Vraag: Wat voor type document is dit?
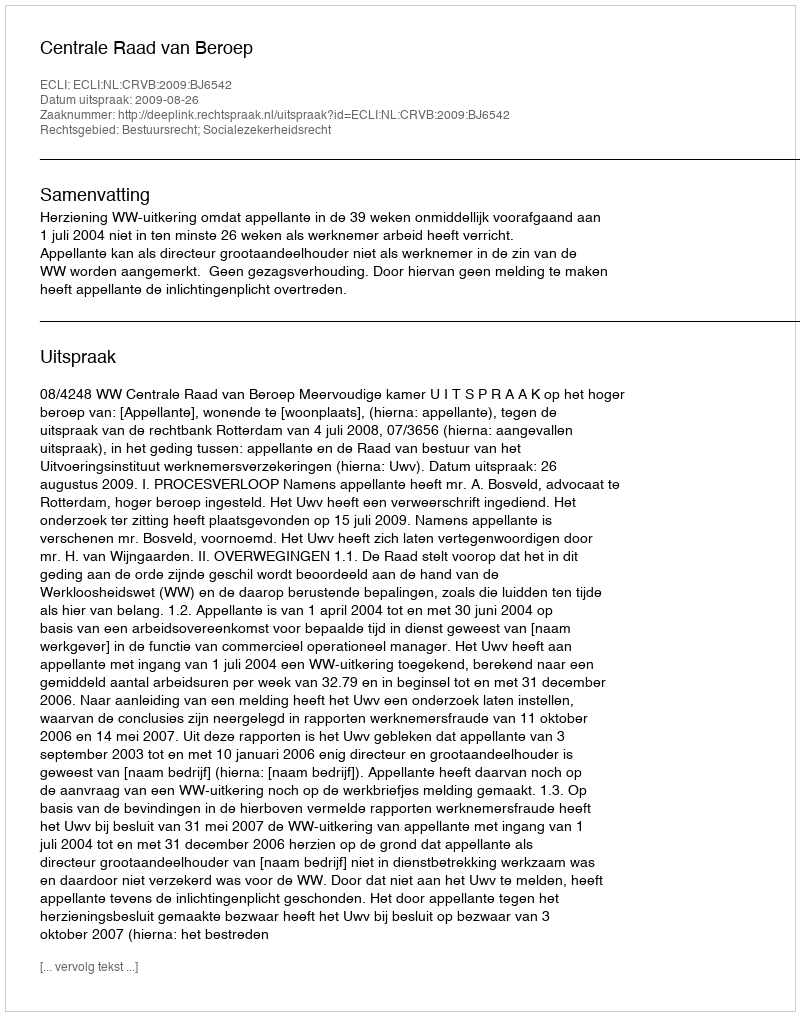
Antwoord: Uitspraak